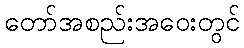
တော်အစည်းအဝေးတွင်